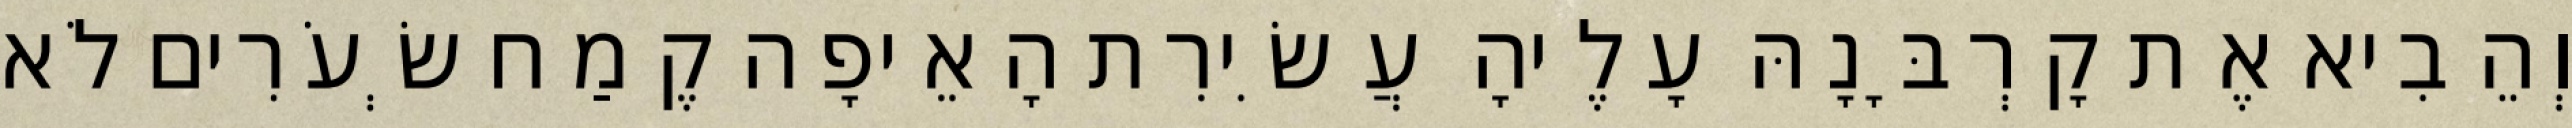
וְהֵבִיא אֶת קָרְבָּנָהּ עָלֶיהָ עֲשִׂירִת הָאֵיפָה קֶמַח שְׂעֹרִים לֹא